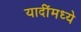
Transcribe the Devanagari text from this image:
यादींमध्ये